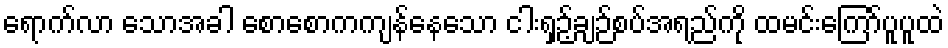
ရောက်လာ သောအခါ စောစောကကျန်နေသော ငါးရှဉ့်ချဉ်စပ်အရည်ကို ထမင်းကြော်ပူပူထဲ